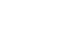
ဘဒြော